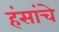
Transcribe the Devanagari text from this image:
हंसांचे